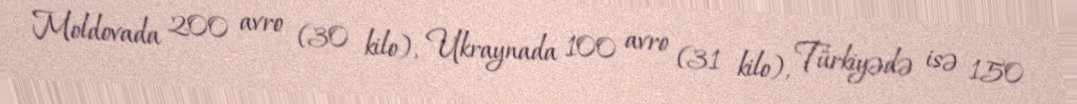
Moldovada 200 avro (30 kilo), Ukraynada 100 avro (31 kilo), Türkiyədə isə 150